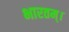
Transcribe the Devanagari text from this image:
भारतम्।